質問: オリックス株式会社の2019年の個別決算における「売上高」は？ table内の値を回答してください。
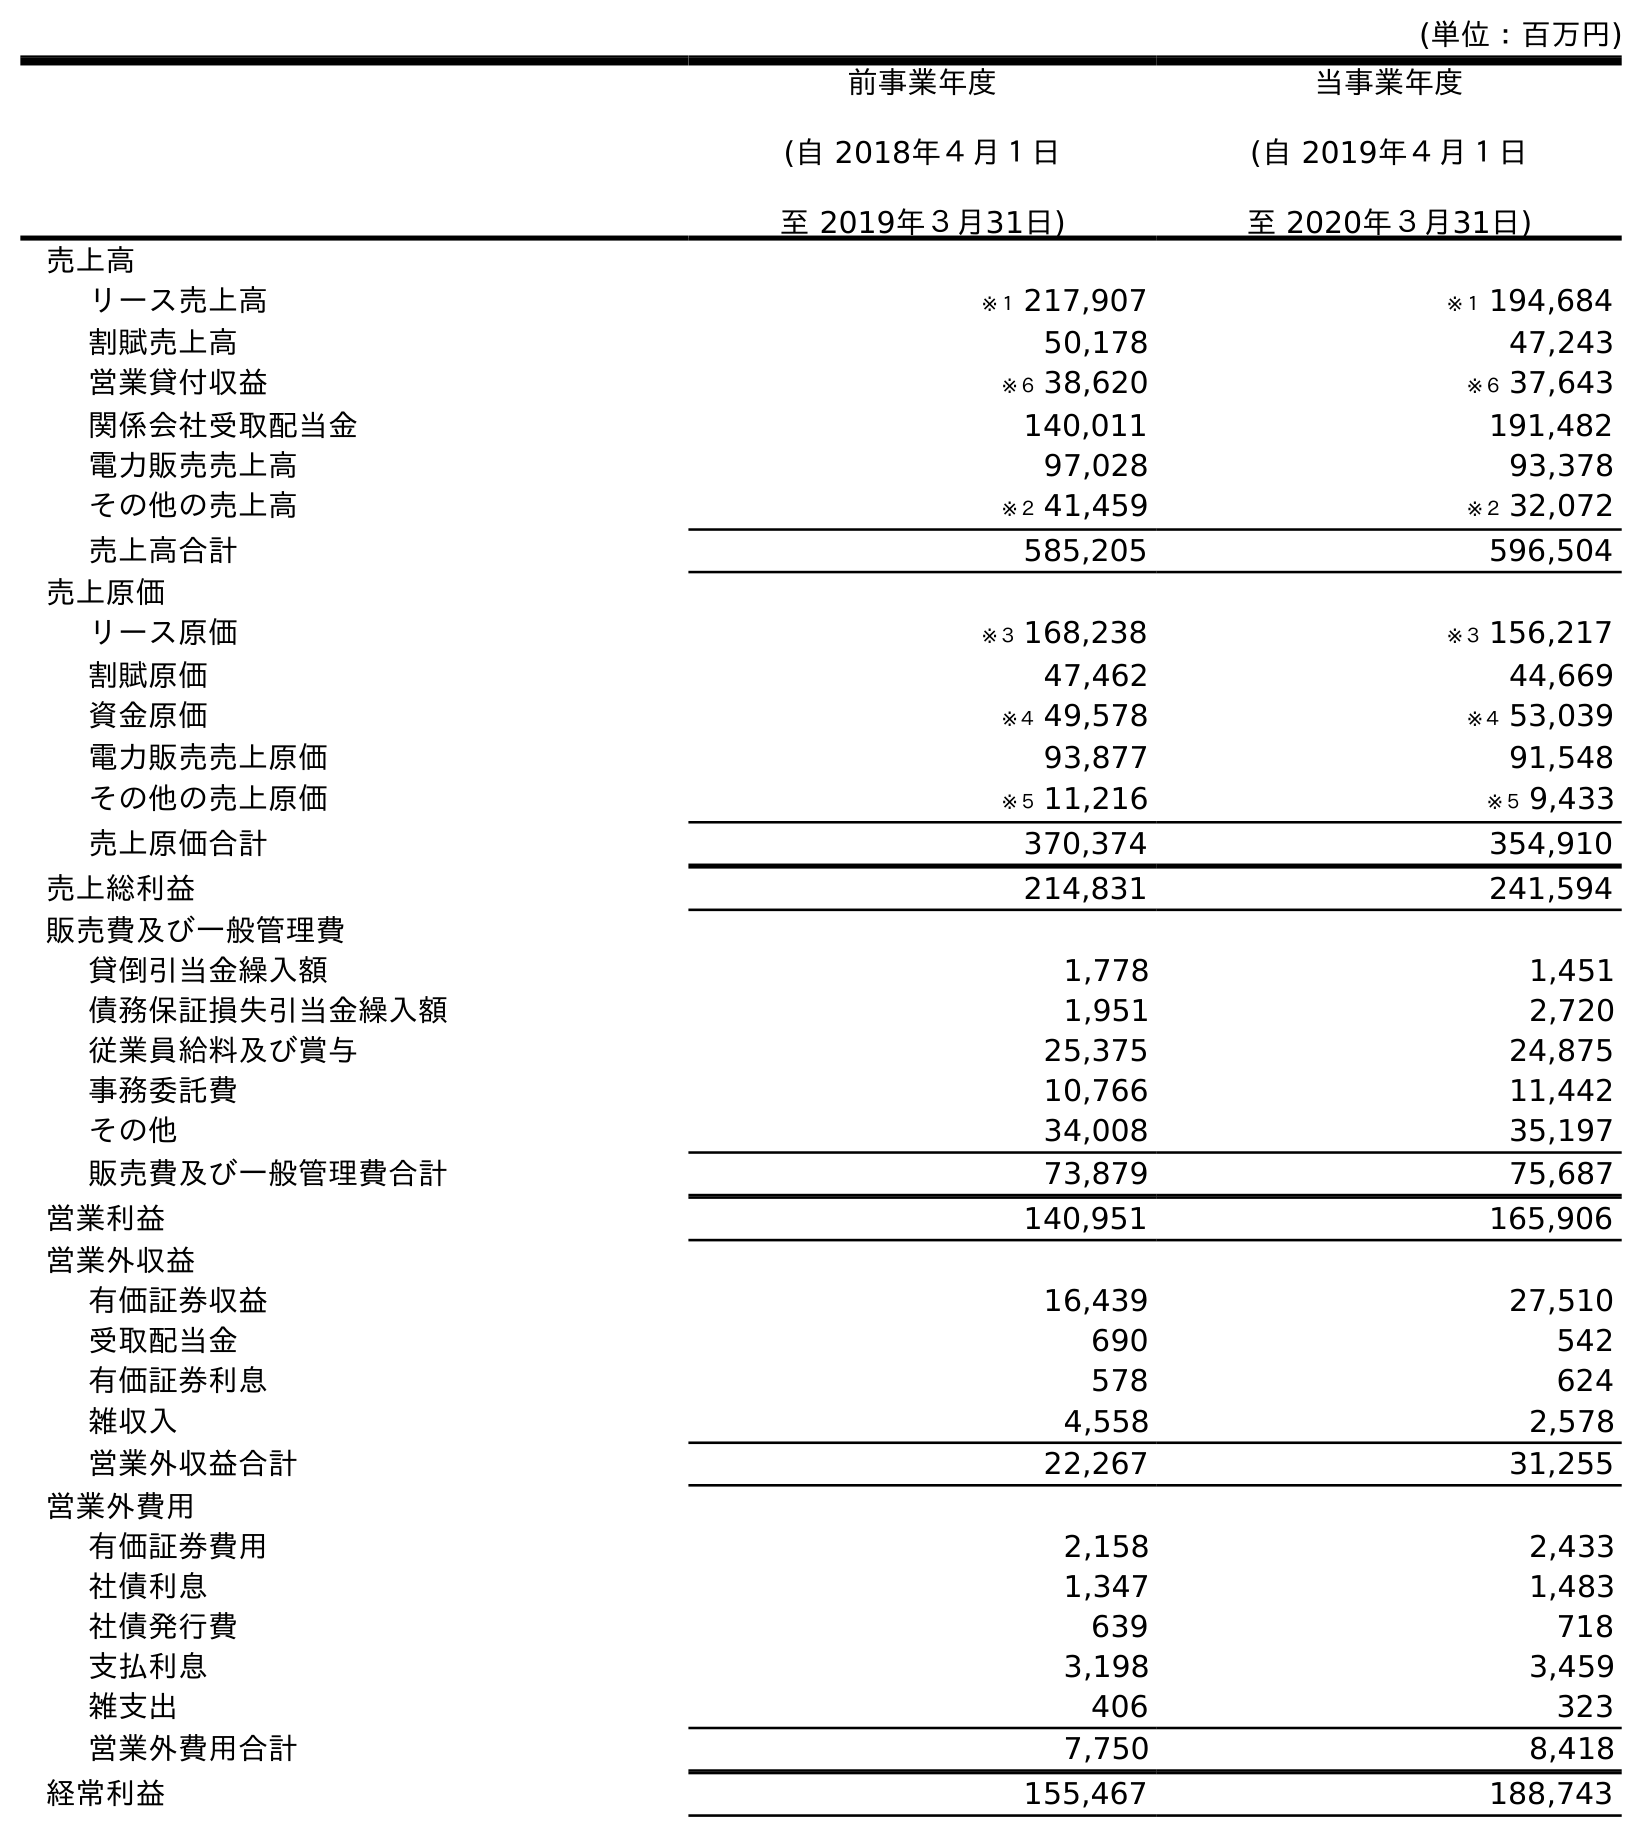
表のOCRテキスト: (単位：百万円) 前事業年度 (自 2018年４月１日 至 2019年３月31日) 当事業年度 (自 2019年４月１日 至 2020年３月31日) 売上高 リース売上高 ※１ 217,907 ※１ 194,684 割賦売上高 50,178 47,243 営業貸付収益 ※６ 38,620 ※６ 37,643 関係会社受取配当金 140,011 191,482 電力販売売上高 97,028 93,378 その他の売上高 ※２ 41,459 ※２ 32,072 売上高合計 585,205 596,504 売上原価 リース原価 ※３ 168,238 ※３ 156,217 割賦原価 47,462 44,669 資金原価 ※４ 49,578 ※４ 53,039 電力販売売上原価 93,877 91,548 その他の売上原価 ※５ 11,216 ※５ 9,433 売上原価合計 370,374 354,910 売上総利益 214,831 241,594 販売費及び一般管理費 貸倒引当金繰入額 1,778 1,451 債務保証損失引当金繰入額 1,951 2,720 従業員給料及び賞与 25,375 24,875 事務委託費 10,766 11,442 その他 34,008 35,197 販売費及び一般管理費合計 73,879 75,687 営業利益 140,951 165,906 営業外収益 有価証券収益 16,439 27,510 受取配当金 690 542 有価証券利息 578 624 雑収入 4,558 2,578 営業外収益合計 22,267 31,255 営業外費用 有価証券費用 2,158 2,433 社債利息 1,347 1,483 社債発行費 639 718 支払利息 3,198 3,459 雑支出 406 323 営業外費用合計 7,750 8,418 経常利益 155,467 188,743
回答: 585,205